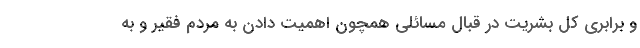
و برابری کل بشریت در قبال مسائلی همچون اهمیت دادن به مردم فقیر و به